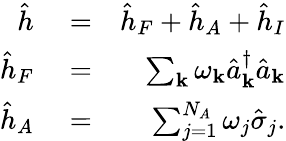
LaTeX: \begin{array}{rlr}{\hat{h}}&{{}=}&{\hat{h}_{F}+\hat{h}_{A}+\hat{h}_{I}}\\ {\hat{h}_{F}}&{{}=}&{\sum_{{\mathbf k}}\omega_{{\mathbf k}}\hat{a}_{{\mathbf k}}^{\dagger}\hat{a}_{{\mathbf k}}}\\ {\hat{h}_{A}}&{{}=}&{\sum_{j=1}^{N_{A}}\omega_{j}\hat{\sigma}_{j}.}\end{array}